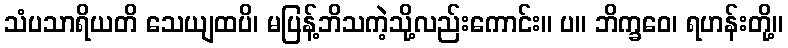
သံပသာရိယတိ သေယျထပိ၊ မပြန့်ဘိသကဲ့သို့လည်းကောင်း။ ပ။ ဘိက္ခဝေ၊ ရဟန်းတို့။